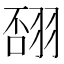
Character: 𦐸